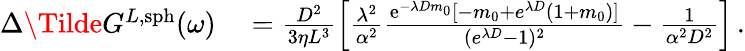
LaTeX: \begin{array}{rl}{\Delta\Tilde{G}^{L,\mathrm{sph}}(\omega)}&{{}=\frac{D^{2}}{3\eta L^{3}}\left[\frac{\lambda^{2}}{\alpha^{2}}\frac{\mathrm{e}^{-\lambda Dm_{0}}[-m_{0}+e^{\lambda D}(1+m_{0})]}{({e}^{\lambda D}-1)^{2}}-\frac{1}{\alpha^{2}D^{2}}\right]\, .}\end{array}